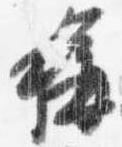
称